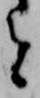
と